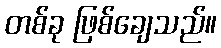
တစ်ခု ဖြစ်ချေသည်။